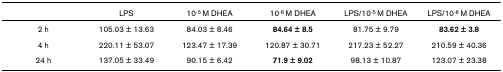
<table><thead><tr><td></td><td><b>LPS</b></td><td><b>10<sup>-5 </sup>M DHEA</b></td><td><b>10<sup>-8 </sup>M DHEA</b></td><td><b>LPS/10<sup>-5 </sup>M DHEA</b></td><td><b>LPS/10<sup>-8 </sup>M DHEA</b></td></tr></thead><tbody><tr><td>2 h</td><td>105.03 ± 13.63</td><td>84.03 ± 8.46</td><td><b>84.64 ± 8.5</b></td><td>81.75 ± 9.79</td><td><b>83.62 ± 3.8</b></td></tr><tr><td>4 h</td><td>220.11 ± 53.07</td><td>123.47 ± 17.39</td><td>120.87 ± 30.71</td><td>217.23 ± 52.27</td><td>210.59 ± 40.36</td></tr><tr><td>24 h</td><td>137.05 ± 33.49</td><td>90.15 ± 6.42</td><td><b>71.9 ± 9.02</b></td><td>98.13 ± 10.87</td><td>123.07 ± 23.38</td></tr></tbody></table>